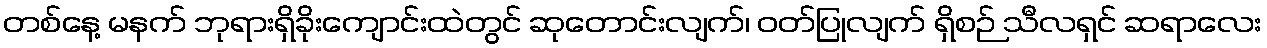
တစ်နေ့ မနက် ဘုရားရှိခိုးကျောင်းထဲတွင် ဆုတောင်းလျက်၊ ဝတ်ပြုလျက် ရှိစဉ် သီလရှင် ဆရာလေး